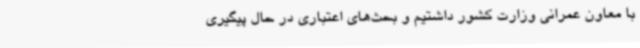
با معاون عمرانی وزارت کشور داشتیم و بحث‌های اعتباری در حال پیگیری